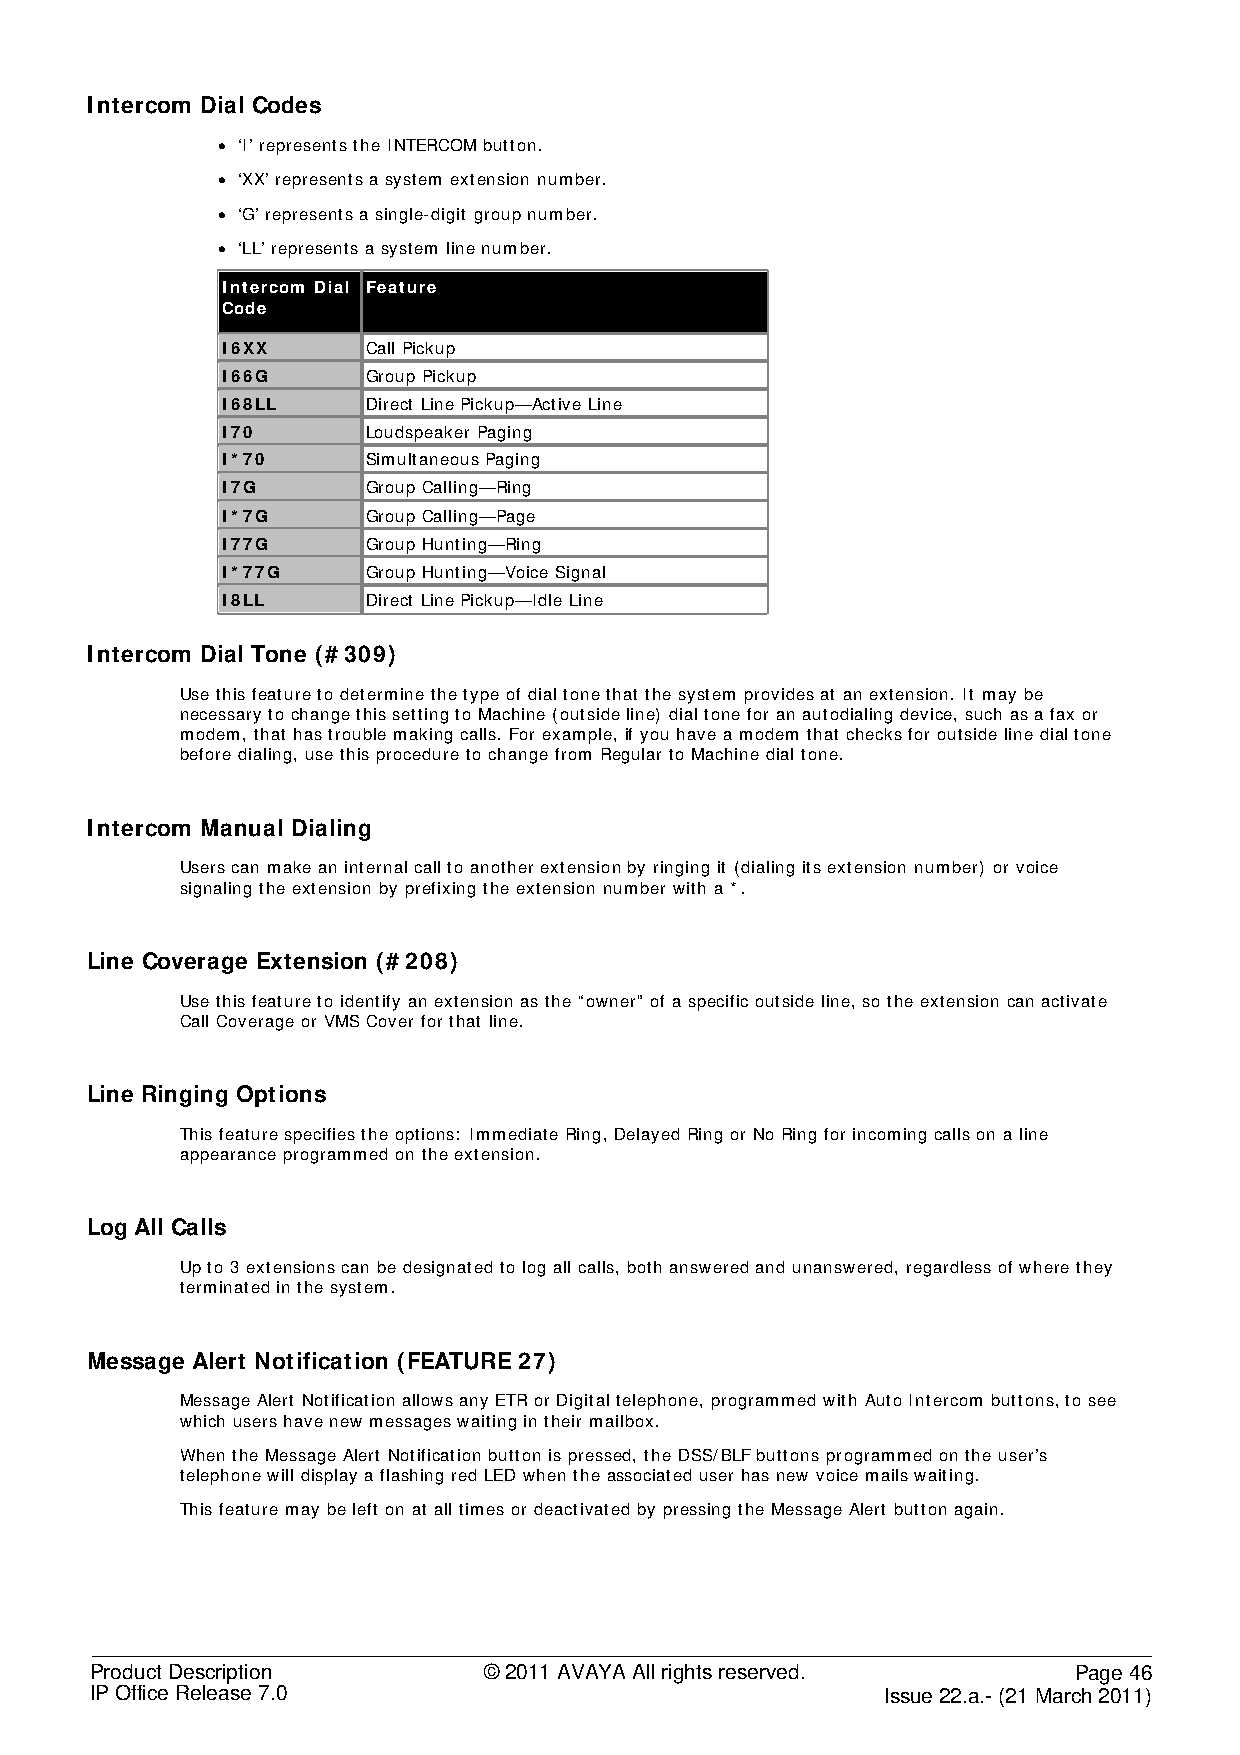
Intercom Dial Codes
 • ‘I’ represents the INTERCOM button.
 • ‘XX’ represents a system extension number.
 • ‘G’ represents a single-digit group number.
 • ‘LL’ represents a system line number.
 Intercom Dial Feature
 Code
 I6XX     Call Pickup
 I66G     Group Pickup
 I68LL    Direct Line Pickup—Active Line
 I70      Loudspeaker Paging
 I*70     Simultaneous Paging
 I7G      Group Calling—Ring
 I*7G     Group Calling—Page
 I77G     Group Hunting—Ring
 I*77G    Group Hunting—Voice Signal
 I8LL     Direct Line Pickup—Idle Line
 Intercom Dial Tone (#309)
 Use this feature to determine the type of dial tone that the system provides at an extension. It may be
 necessary to change this setting to Machine (outside line) dial tone for an autodialing device, such as a fax or
 modem, that has trouble making calls. For example, if you have a modem that checks for outside line dial tone
 before dialing, use this procedure to change from Regular to Machine dial tone.
 Intercom Manual Dialing
 Users can make an internal call to another extension by ringing it (dialing its extension number) or voice
 signaling the extension by prefixing the extension number with a *.
 Line Coverage Extension (#208)
 Use this feature to identify an extension as the “owner” of a specific outside line, so the extension can activate
 Call Coverage or VMS Cover for that line.
 Line Ringing Options
 This feature specifies the options: Immediate Ring, Delayed Ring or No Ring for incoming calls on a line
 appearance programmed on the extension.
 Log All Calls
 Up to 3 extensions can be designated to log all calls, both answered and unanswered, regardless of where they
 terminated in the system.
 Message Alert Notification (FEATURE 27)
 Message Alert Notification allows any ETR or Digital telephone, programmed with Auto Intercom buttons, to see
 which users have new messages waiting in their mailbox.
 When the Message Alert Notification button is pressed, the DSS/BLF buttons programmed on the user’s
 telephone will display a flashing red LED when the associated user has new voice mails waiting.
 This feature may be left on at all times or deactivated by pressing the Message Alert button again.
 Product Description       © 2011 AVAYA All rights reserved.      Page 46
 IP Office Release 7.0                                Issue 22.a.- (21 March 2011)